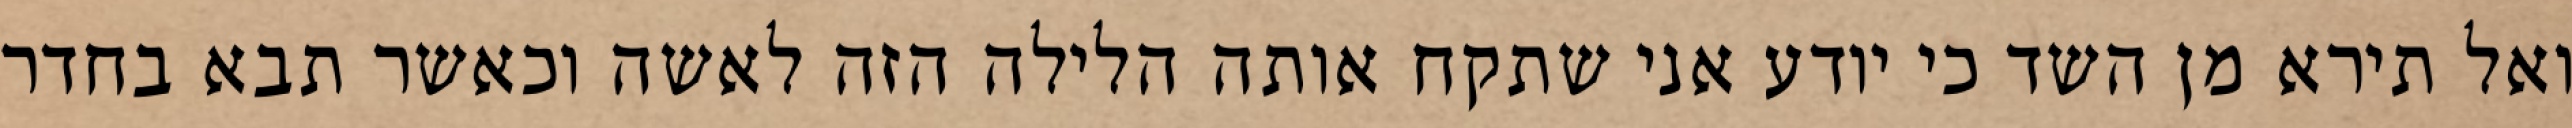
ואל תירא מן השד כי יודע אני שתקח אותה הלילה הזה לאשה וכאשר תבא בחדר